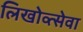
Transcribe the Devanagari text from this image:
लिखोव्त्सेवा